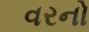
વરનો